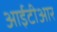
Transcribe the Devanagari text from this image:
आईटीआर